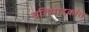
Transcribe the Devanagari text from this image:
प्रतिपादकांत